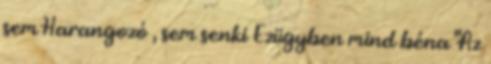
sem Harangozó , sem senki Ezügyben mind béna "Az